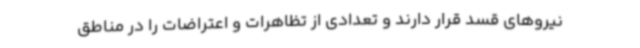
نیروهای قسد قرار دارند و تعدادی از تظاهرات و اعتراضات را در مناطق